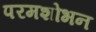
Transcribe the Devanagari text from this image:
परमशोभन